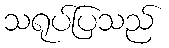
သရုပ်ပြသည်